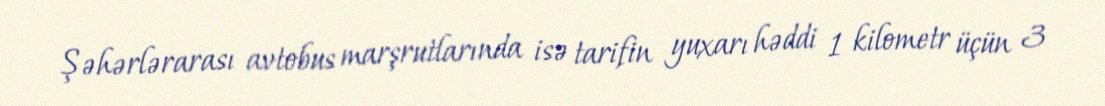
Şəhərlərarası avtobus marşrutlarında isə tarifin yuxarı həddi 1 kilometr üçün 3